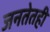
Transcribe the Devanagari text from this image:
जनतेतही